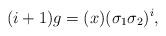
LaTeX: \begin{align*} (i+1)g = (x)(\sigma_1\sigma_2)^i,\end{align*}